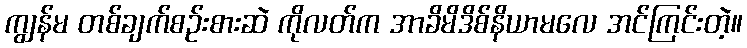
ကျွန်မ တစ်ချက်စဉ်းစားဆဲ ကိုလတ်က အာခိမိဒိစ်နိယာမလေ အင်ကြင်းတဲ့။